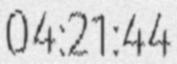
04:21:44